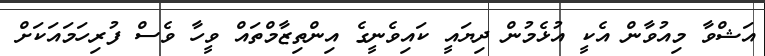
އަޝްވާ މިއުވާން އެކީ އުޅެމުން ދިޔައީ ކައިވެނީގެ އިންތިޒާމްތައް ވީހާ ވެސް ފުރިހަމައަކަށް